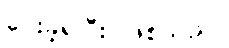
ပေးခဲ့ရပြီး ဖြစ်သည်။